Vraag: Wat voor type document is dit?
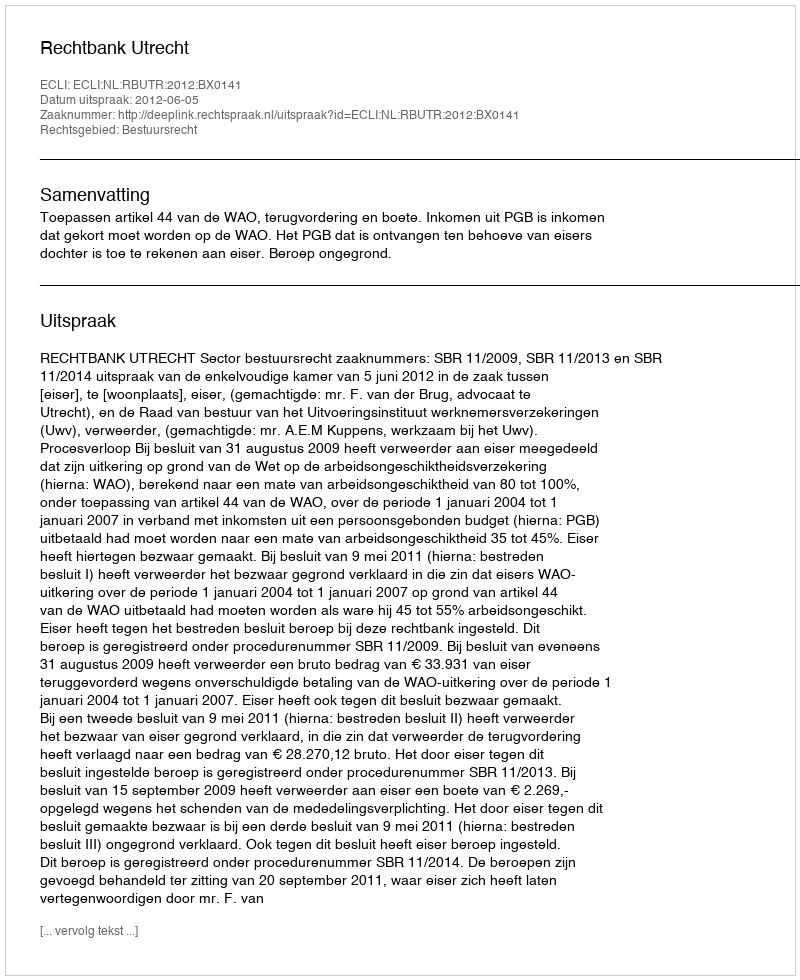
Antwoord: Uitspraak